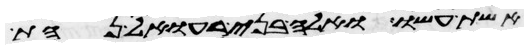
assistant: אשת עשו ואלה בני רעואל נחת